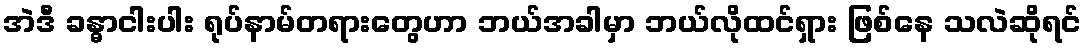
အဲဒီ ခန္ဓာငါးပါး ရုပ်နာမ်တရားတွေဟာ ဘယ်အခါမှာ ဘယ်လိုထင်ရှား ဖြစ်နေ သလဲဆိုရင်